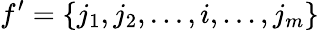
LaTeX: f^{\prime}=\{ j_{1},j_{2},...,i,...,j_{m}\}